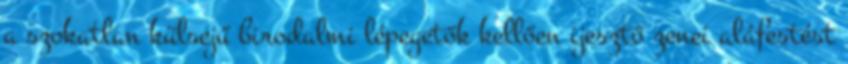
a szokatlan külsejű birodalmi lépegetők kellően ijesztő zenei aláfestést